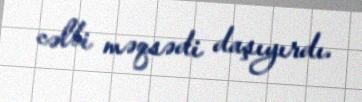
cəlbi məqsədi daşıyırdı.